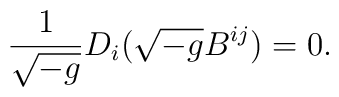
\frac{1}{\sqrt{-g}} D_i \bigl(\sqrt{-g} B^{ij}\bigr) = 0.